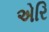
એરિ